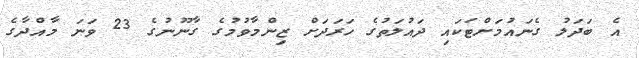
އެ ބަދަލު ގެނައުމަށްޓަކައި ދައުލަތުގެ ހަރަދަށް ޒިންމާވުމުގެ ގާނޫނުގެ 23 ވަނަ މާއްދާގެ